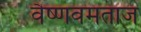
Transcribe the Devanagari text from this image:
वैष्णवमताज